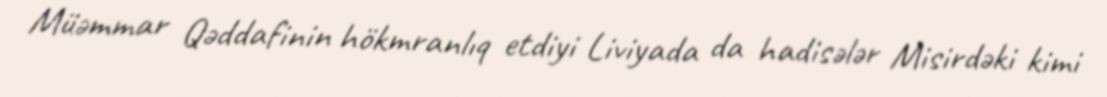
Müəmmar Qəddafinin hökmranlıq etdiyi Liviyada da hadisələr Misirdəki kimi